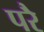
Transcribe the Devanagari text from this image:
परेै